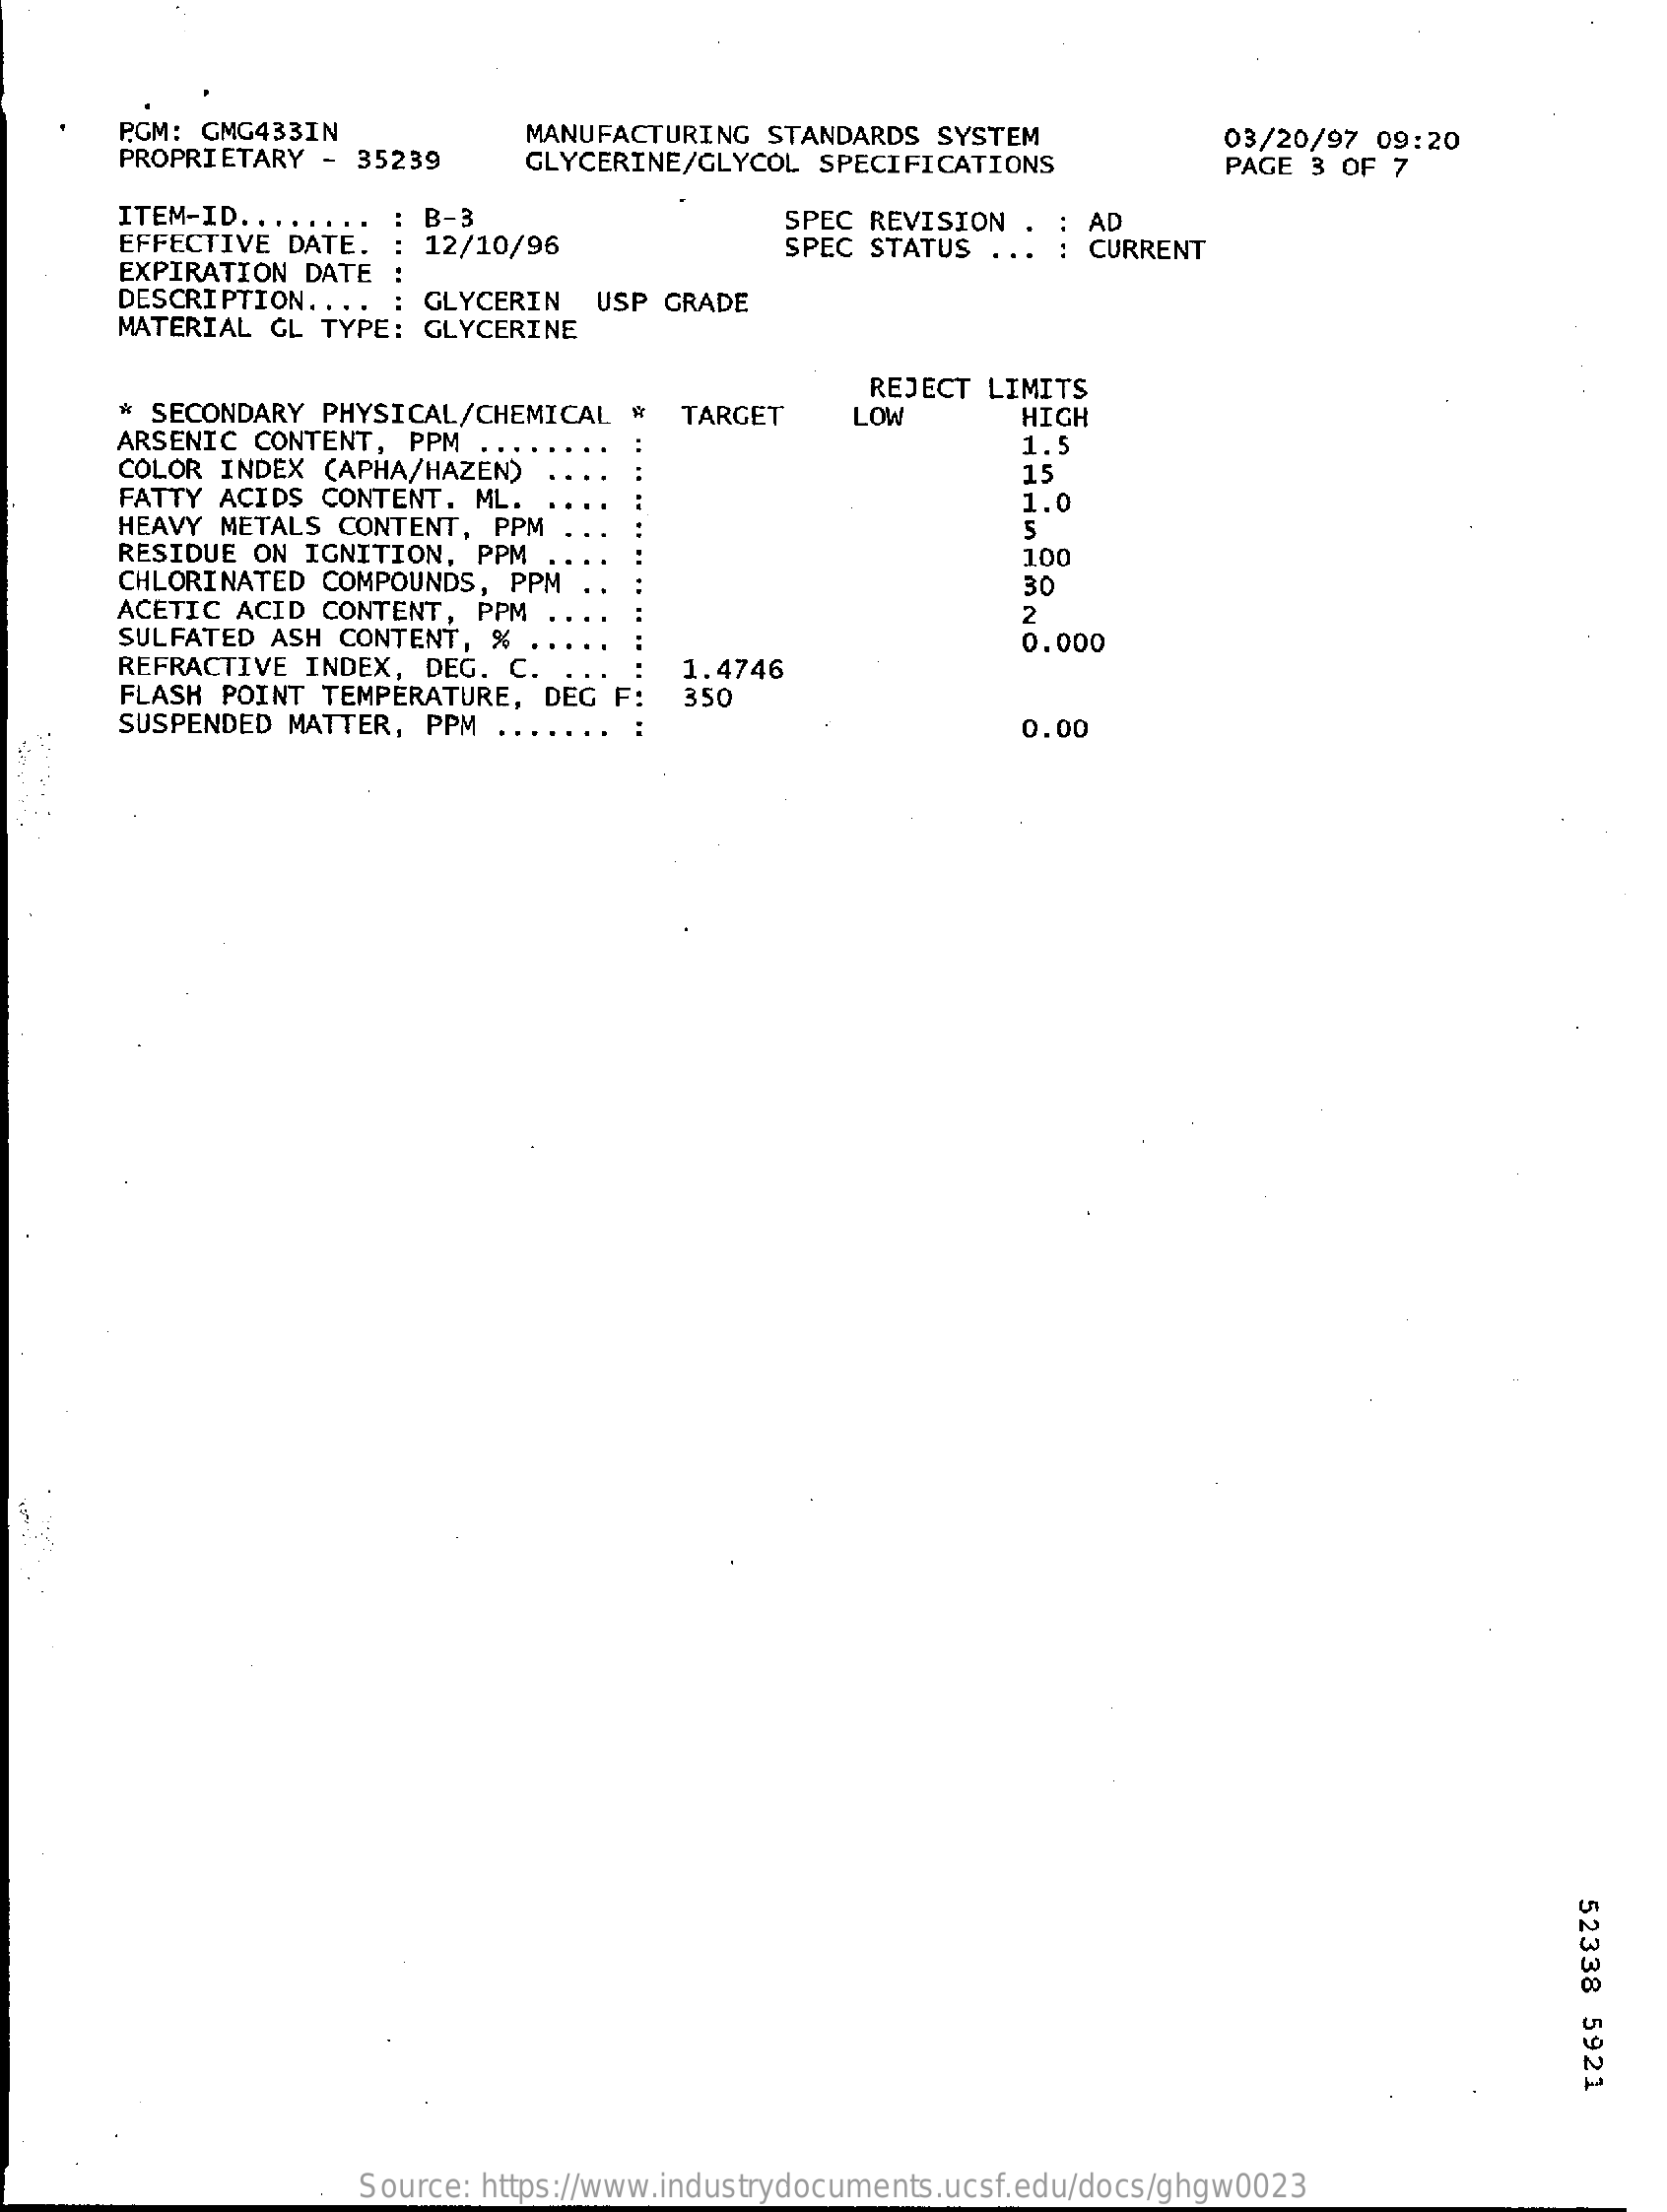
P.GM: GMG433IN
     PROPRIETARY - 35239
     MANUFACTURING  STANDARDS SYSTEM
     GLYCERINE/GLYCOL  SPECIFICATIONS
     03/20/97 09:20
     PAGE 3 OF 7
     ITEM-ID .......
     EFFECTIVE DATE.
     B-3
     12/10/96
     SPEC REVISION    AD
     EXPIRATION DATE
     SPEC STATUS    CURRENT
     DESCRIPTION ...   GLYCERIN   USP GRADE
     MATERIAL GL TYPE: GLYCERINE
     * SECONDARY PHYSICAL/CHEMICAL  #
     REJECT  LIMITS
     ARSENIC CONTENT,  PPM
     TARGET    LOW    HIGH
     COLOR INDEX (APHA/HAZEN)
     1.5
     FATTY ACIDS CONTENT.  ML.
     15
     HEAVY METALS CONTENT,  PPM
     1.0
     RESIDUE ON IGNITION,  PPM
     5
     CHLORINATED COMPOUNDS,  PPM
     100
     ACETIC ACID CONTENT,  PPM . .
     30
     SULFATED ASH CONTENT,  % ..
     2
     REFRACTIVE INDEX,  DEG. C.    1.4746
     0.000
     FLASH POINT TEMPERATURE,  DEG F:
     SUSPENDED MATTER, PPM  ...
     350
     0.00
     52338
     5921
     Source: https://www.industrydocuments.ucsf.edu/docs/ghgw0023